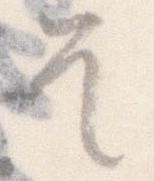
そ